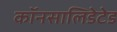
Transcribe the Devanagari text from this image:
कॉनसालिडेटेड